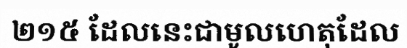
២១៥ ដែលនេះជាមូលហេតុដែល